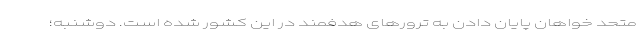
متحد خواهان پایان دادن به ترورهای هدفمند در این کشور شده است. دوشنبه؛